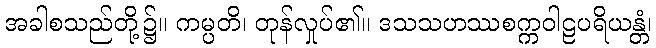
အခါစသည်တို့၌။ ကမ္ပတိ၊ တုန်လှုပ်၏။ ဒသသဟဿစက္ကဝါဠပရိယန္တံ၊